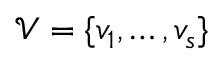
{ \mathcal { V } } = \{ v _ { 1 } , \ldots , v _ { s } \}